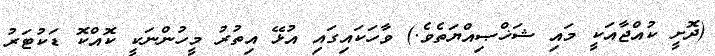
(ދޮށީ ކުއްޖާއަކީ މައި ޝަޚްޞިއްޔަތެވެ.) ވާހަކައިގައި އުޅޭ އިތުރު މީހުންނަކީ ކޮއްކޮ ޑަކުޓަރު